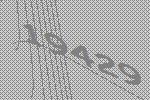
19429